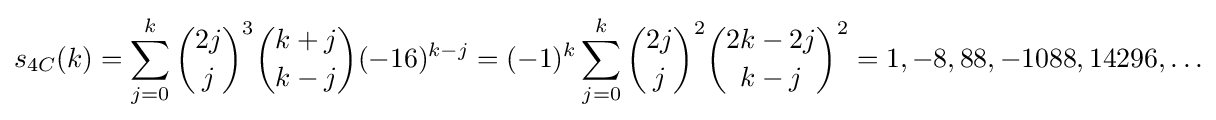
s_{4C}(k)=\sum _{j=0}^{k}{\binom {2j}{j}}^{3}{\binom {k+j}{k-j}}(-16)^{k-j}=(-1)^{k}\sum _{j=0}^{k}{\binom {2j}{j}}^{2}{\binom {2k-2j}{k-j}}^{2}=1,-8,88,-1088,14296,\ldots